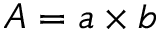
A = a \times b